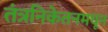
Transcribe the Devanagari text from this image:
तंत्रनिकेतनमधून